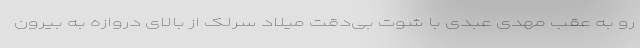
رو به عقب مهدی عبدی با شوت بی‌دقت میلاد سرلک از بالای دروازه به بیرون